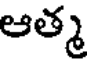
ఆత్మ